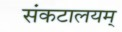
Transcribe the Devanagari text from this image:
संकटालयम्